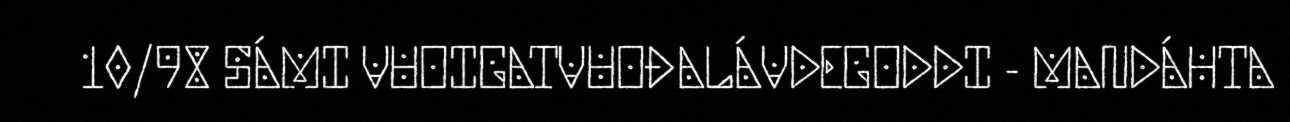
10/98 SÁMI VUOIGATVUOĐALÁVDEGODDI - MANDÁHTA